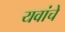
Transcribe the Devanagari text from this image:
यवांचे